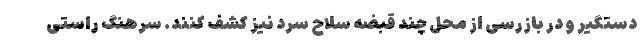
دستگیر و در بازرسی از محل چند قبضه سلاح سرد نیز کشف کنند. سرهنگ راستی